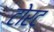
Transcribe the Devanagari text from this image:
टोरट